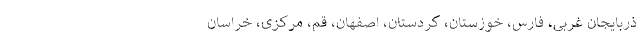
ذربایجان غربی، فارس، خوزستان، کردستان، اصفهان، قم، مرکزی، خراسان